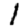
Digit: 1